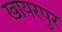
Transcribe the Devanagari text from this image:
खायरपुर